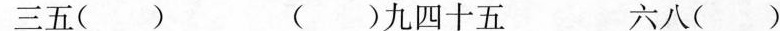
三五( ) ( )九四十五 六八( )